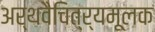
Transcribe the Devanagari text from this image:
अर्थवैचित्र्यमूलक